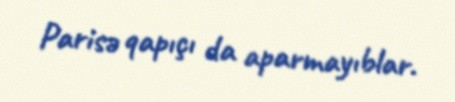
Parisə qapıçı da aparmayıblar.